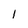
Character: I